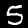
Digit: 5